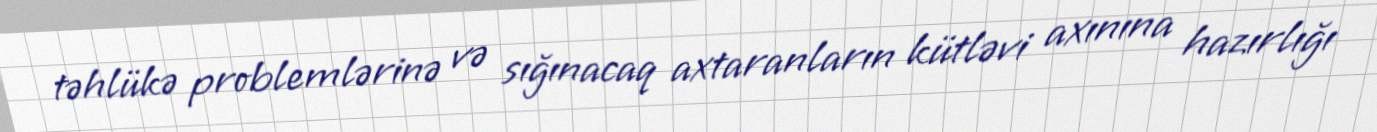
təhlükə problemlərinə və sığınacaq axtaranların kütləvi axınına hazırlığı